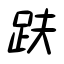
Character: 趺